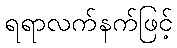
ရရာလက်နက်ဖြင့်